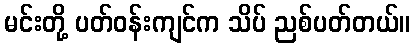
မင်းတို့ ပတ်ဝန်းကျင်က သိပ် ညစ်ပတ်တယ်။